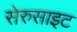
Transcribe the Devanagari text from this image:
सेरुसाइट